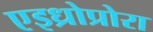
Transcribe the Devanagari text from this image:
एइध्रोप्रोरा